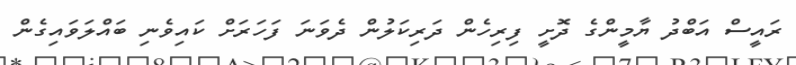
ރައީސް އަބްދު ޔާމީންގެ ދޮށީ ފިރިހެން ދަރިކަލުން ދެވަނަ ފަހަަރަށް ކައިވެނި ބައްލަވައިގެން